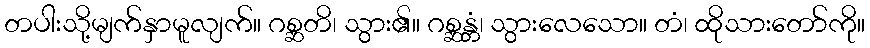
တပါးသို့မျက်နှာမူလျက်။ ဂစ္ဆတိ၊ သွား၏။ ဂစ္ဆန္တံ၊ သွားလေသော။ တံ၊ ထိုသားတော်ကို။